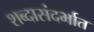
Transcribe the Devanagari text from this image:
शब्दासंदर्भात